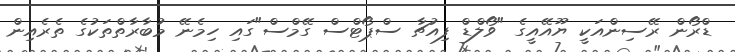
ޑްރޯން ރޭސިންއަކީ ޔޫއޭއީގެ "ވޯލްޑް ފިއުޗާ ސްޕޯޓްސް ގޭމްސް"ގައި ހިމެނޭ މުބާރާތްތަކުގެ ތެރެއިން